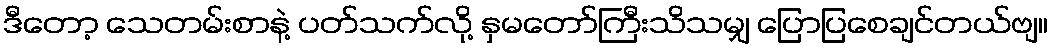
ဒီတော့ သေတမ်းစာနဲ့ ပတ်သက်လို့ နှမတော်ကြီးသိသမျှ ပြောပြစေချင်တယ်ဗျ။